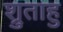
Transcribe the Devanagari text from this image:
श्रुताहु